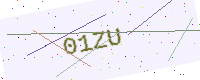
Text: 01ZU